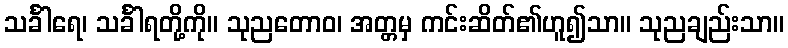
သင်္ခါရေ၊ သင်္ခါရတို့ကို။ သုညတောဝ၊ အတ္တမှ ကင်းဆိတ်၏ဟူ၍သာ။ သုညချည်းသာ။